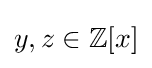
y,z\in \mathbb {Z} [x]